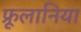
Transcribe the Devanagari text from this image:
फ्रूलानिया